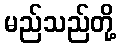
မည်သည်တို့